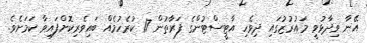
އޭނާ ވިދާޅުވީ މައުރުޒުގައި ދިވެހި އާޓީސްޓުންގެ ފަރާތުން 17 ކުރެހުމެއް ބައިވެރިކޮށްފައިވާ ކަމަށެވެ.